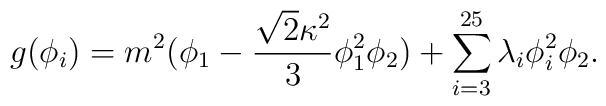
g(\phi_i)=m^2(\phi_1-\frac{{\sqrt{2}}\kappa^2}{3}\phi_1^2\phi_2)+\sum_{i=3}^{25} \lambda_i\phi_i^2\phi_2.